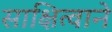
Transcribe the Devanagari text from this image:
साक्षित्वाने